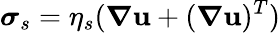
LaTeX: \boldsymbol{\sigma}_{s}=\eta_{s}(\boldsymbol{\nabla}\mathbf{u}+(\boldsymbol{\nabla}\mathbf{u})^{T})